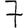
Digit: 7